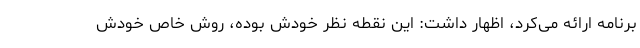
برنامه ارائه می‌کرد، اظهار داشت: این نقطه نظر خودش بوده، روش خاص خودش